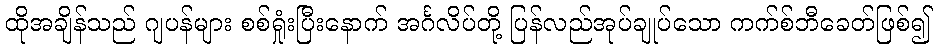
ထိုအချိန်သည် ဂျပန်များ စစ်ရှုံးပြီးနောက် အင်္ဂလိပ်တို့ ပြန်လည်အုပ်ချုပ်သော ကက်စ်ဘီခေတ်ဖြစ်၍